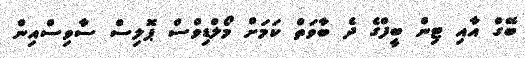
ބޭގް އާއި ޓިން ބީފްގެ ދެ ބާވަތް ކަމަށް މޯލްޑިވްސް ޕޮލިސް ސާވިސްއިން